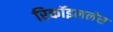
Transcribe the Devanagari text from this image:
रिकॉइललेस